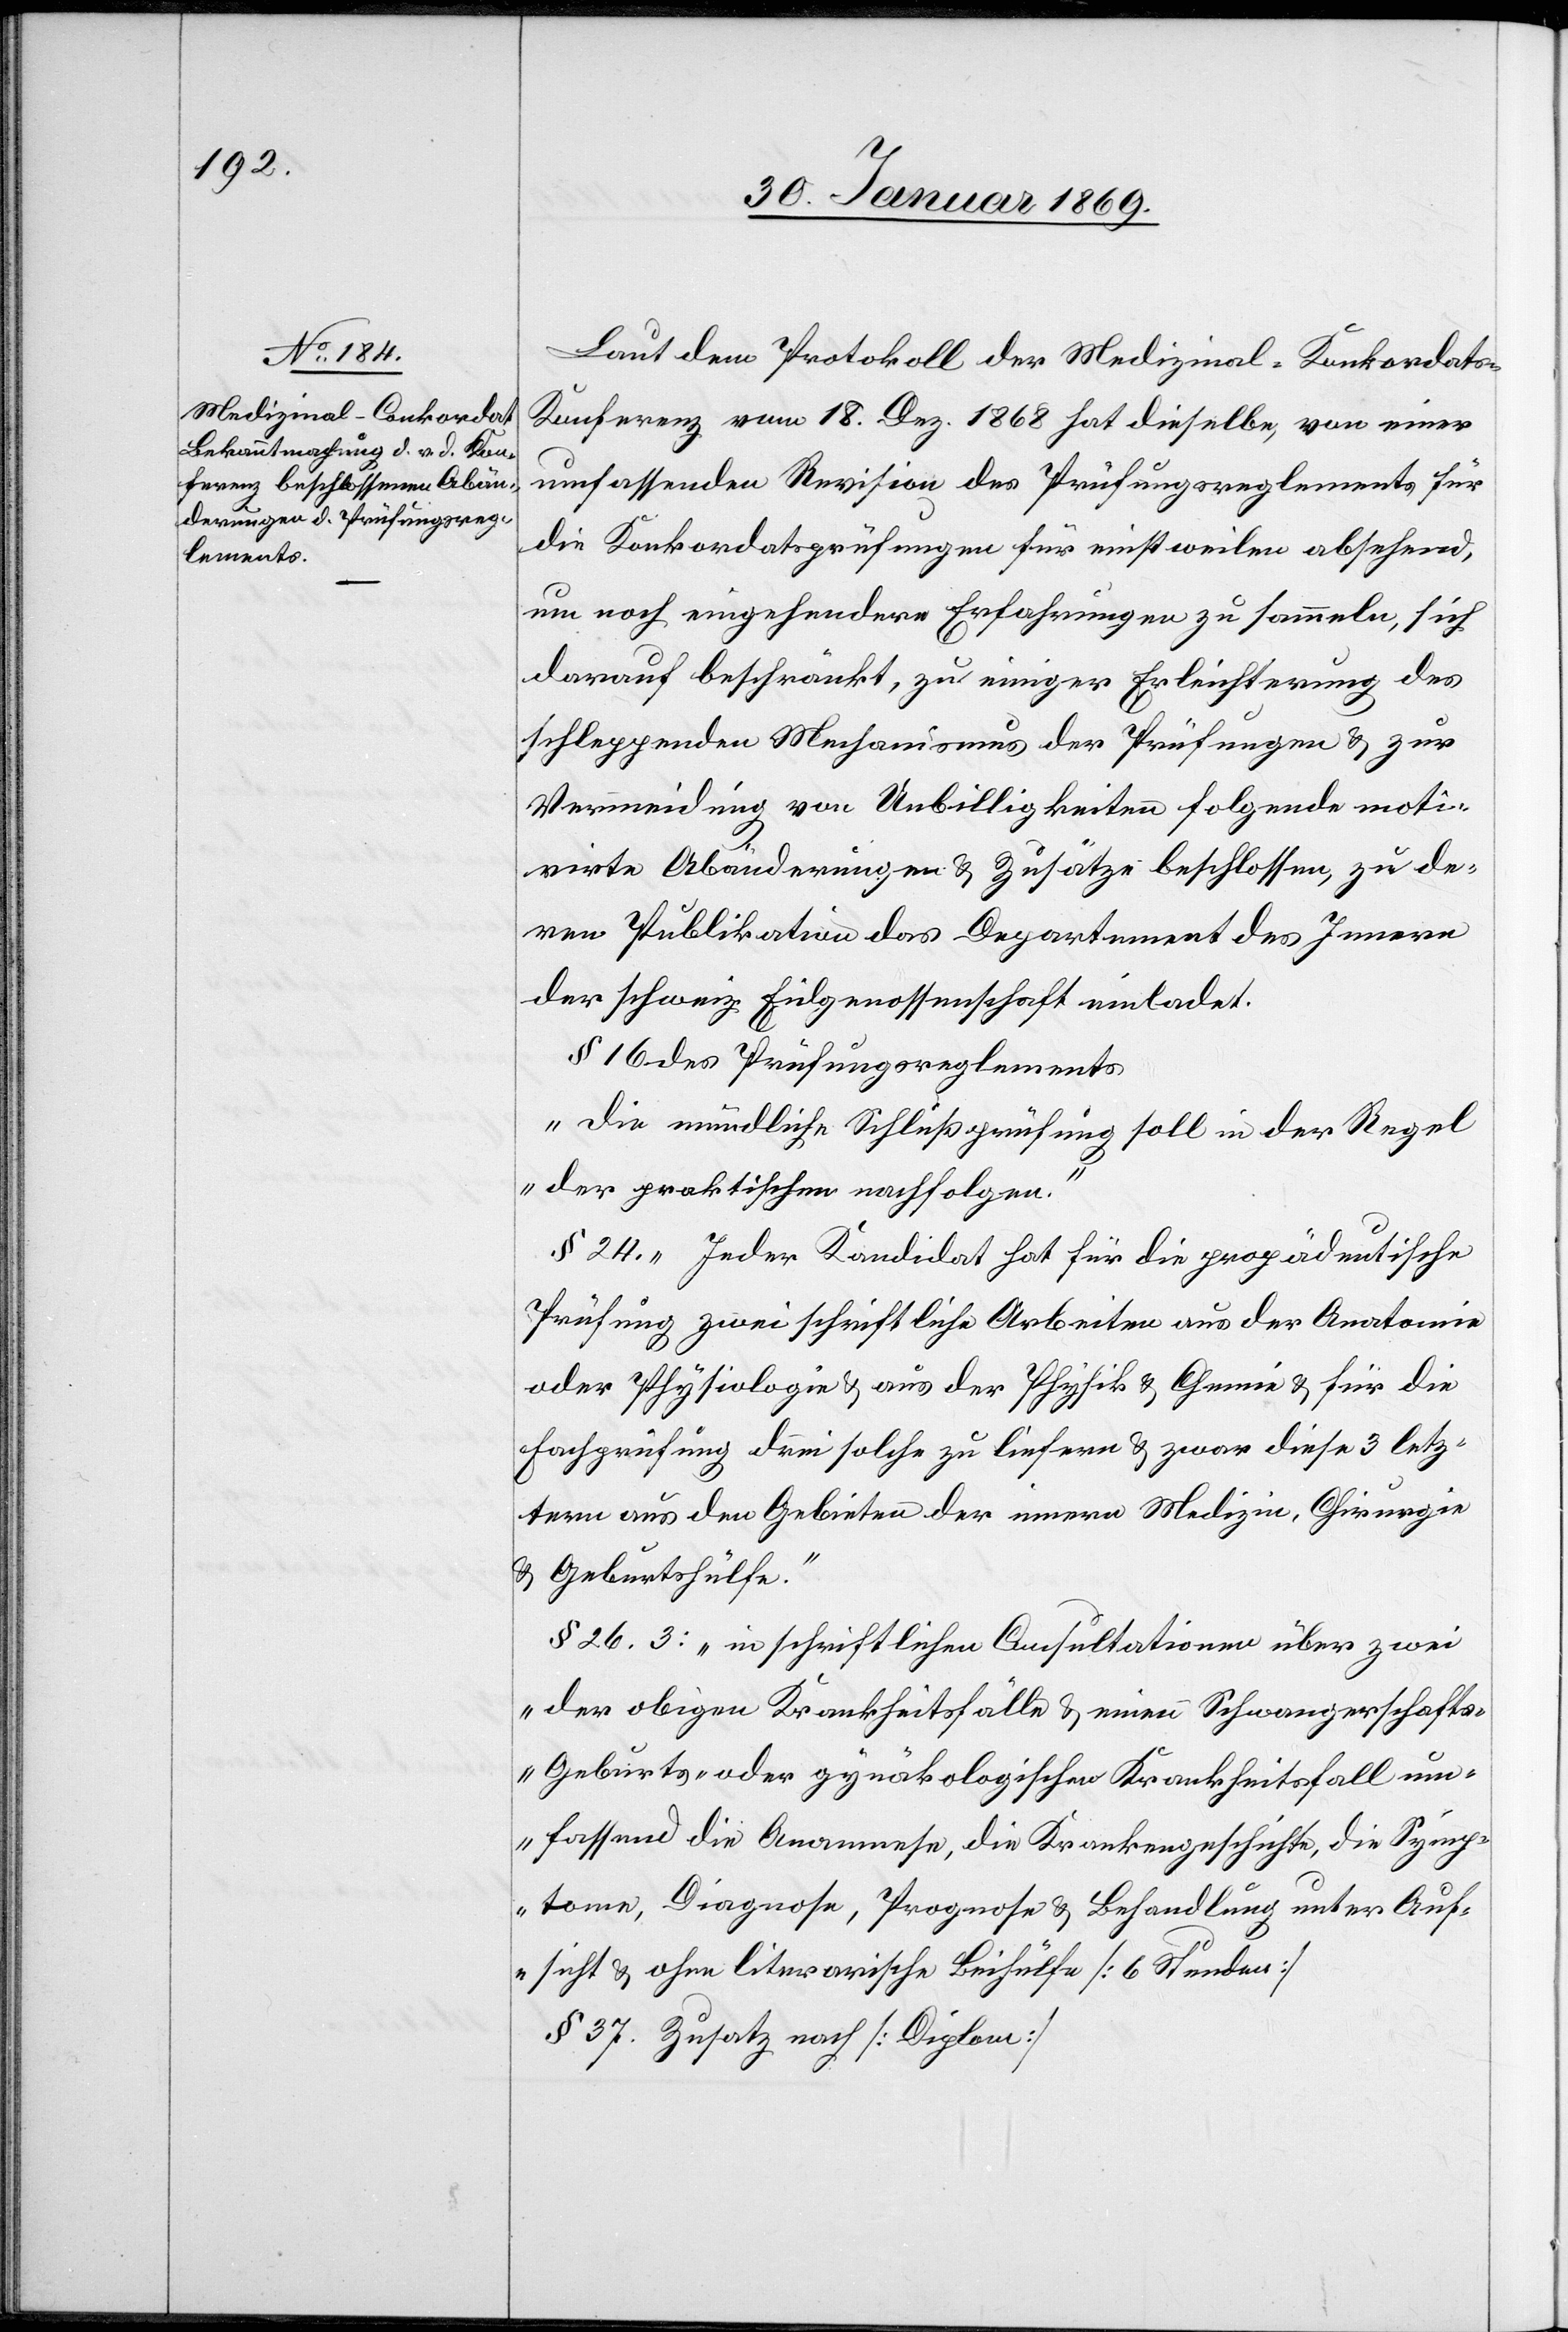
Laut dem Protokoll der Medizinal-Konkordat¬
s-Konferenz vom 18. Dez. 1868 hat dieselbe, von einer
umfassenden Revision des Prüfungsreglements für
die Konkordatsprüfungen für einstweilen absehend,
um noch eingehendere Erfahrungen zu sammeln, sich
darauf beschränkt, zu einiger Erleichterung des
schleppenden Mechanismus der Prüfungen u. zur
Vermeidung von Unbilligkeiten folgende moti¬
virte Abänderungen u. Zusätze beschlossen, zu de¬
ren Publikation das Departement des Innern
der schweiz. Eidgenossenschaft einladet.
§ 16 des Prüfungsreglements
„Die mündliche Schlußprüfung soll in der Regel
der praktischen nachfolgen.“
§ 24. „Jeder Kandidat hat für die propädentische
Prüfung zwei schriftliche Arbeiten aus der Anatomie
oder Physiologie u. aus der Physik u. Chemie u. für die
Fachprüfung drei solche zu liefern u. zwar diese 3 letz¬
tern aus den Gebieten der innern Medizin, Chirurgie
u. Geburtshülfe.“
§ 26. 3: „in schriftlichen Consultationen über zwei
der obigen Krankheitsfälle u. einen Schwangerschafts-
Geburts- oder gynäkologischen Krankheitsfall um¬
fassend die Anamnese, die Krankengeschichte, die Symp¬
tome, Diagnose, Prognose u. Behandlung unter Auf¬
sicht u. ohne literarische Beihülfe [6 Stunden]
§ 37. Zusatz nach [Diplom]